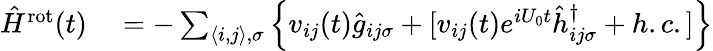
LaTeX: \begin{array}{rl}{\hat{H}^{\mathrm{rot}}(t)}&{{}=-\sum_{\langle i,j\rangle,\sigma}\left\{ v_{ij}(t)\hat{g}_{ij\sigma}+[v_{ij}(t)e^{iU_{0}t}\hat{h}_{ij\sigma}^{\dagger}+h.c.]\right\} }\end{array}